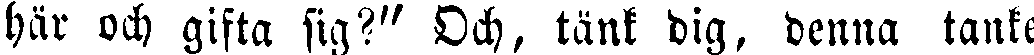
här och gifta sig?" Och, tänk dig, denna tanke